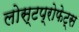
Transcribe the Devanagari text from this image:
लोस्टप्रोफेट्स